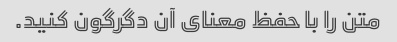
متن را با حفظ معنای آن دگرگون کنید.